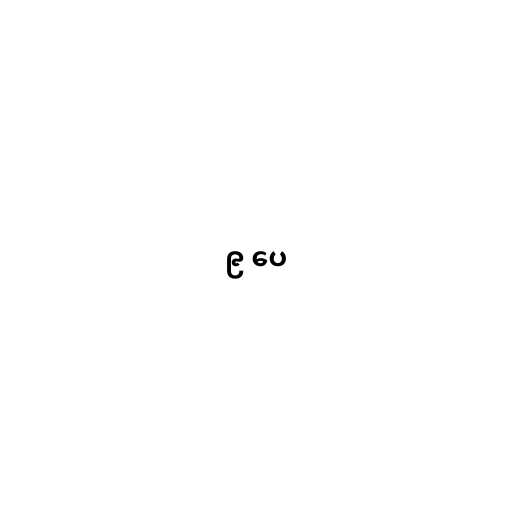
၉ ပေ